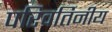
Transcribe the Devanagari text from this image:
परिवर्तिनीय